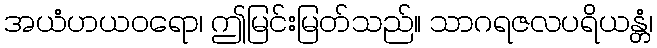
အယံဟယဝရော၊ ဤမြင်းမြတ်သည်။ သာဂရဇလပရိယန္တံ၊